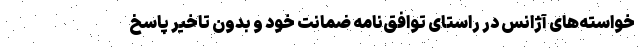
خواسته‌های آژانس در راستای توافق‌نامه ضمانت خود و بدون تاخیر پاسخ